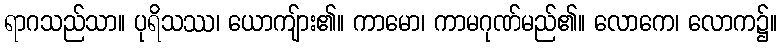
ရာဂသည်သာ။ ပုရိသဿ၊ ယောကျ်ား၏။ ကာမော၊ ကာမဂုဏ်မည်၏။ လောကေ၊ လောက၌။